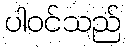
ပါဝင်သည်